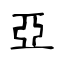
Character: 亞